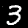
Label: 3